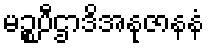
မဉ္စပီဌာဒိအနုဇာနနံ